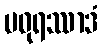
မဓုရဿာဒံ